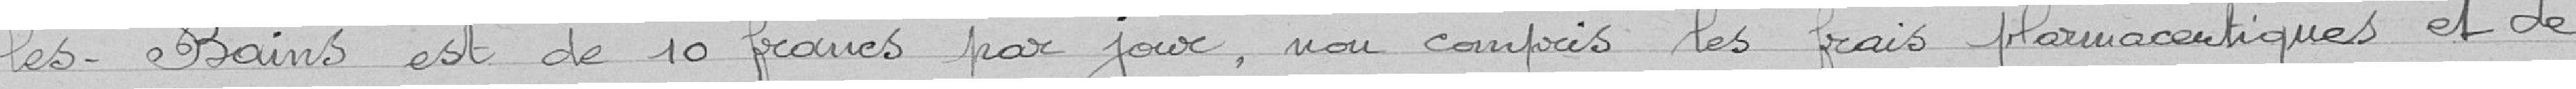
les-Bains est de 10 francs par jour, non compris les frais pharmaceutiques et de